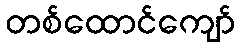
တစ်ထောင်ကျော်